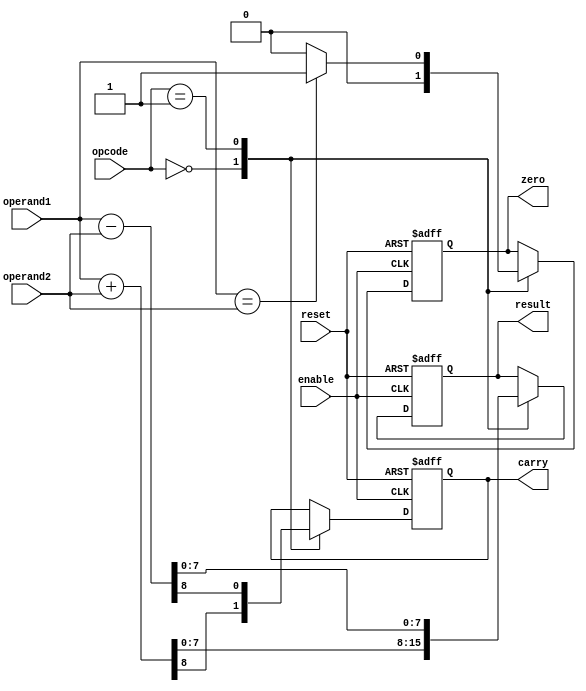
`timescale 1ns / 1ps
//////////////////////////////////////////////////////////////////////////////////
// Company: 
// Engineer: 
// 
// Design Name: 
// Module Name:    alu 
// Project Name: 
// Target Devices: 
// Tool versions: 
// Description: 
//
// Dependencies: 
//
// Revision: 
// Revision 0.01 - File Created
// Additional Comments: 
//
//////////////////////////////////////////////////////////////////////////////////
module alu(
    input reset,
	 input enable,
    input [3:0] opcode,
    input [7:0] operand1,
    input [7:0] operand2,
    output reg [7:0] result,
    output reg zero,
    output reg carry
    );

    localparam ADD = 4'b0000;
	 localparam SUB = 4'b0001;
	 
    always @ (posedge enable or posedge reset) begin
	     if (reset == 1) begin
		      result = 8'b0;
				zero = 1'b0;
				carry = 1'b0;
		  end
		  
		  else begin
		      case (opcode)
				    ADD: begin
					     {carry,result} = operand1 + operand2;
						  zero = 1'b0;
					 end
					 SUB: begin
					     {carry,result} = operand1 - operand2;
							if (operand1 == operand2)
								 zero = 1'b1;
							else
								 zero = 1'b0;
					 end
				endcase
				

			end
			
	 end
	 
endmodule